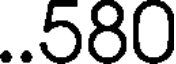
..580